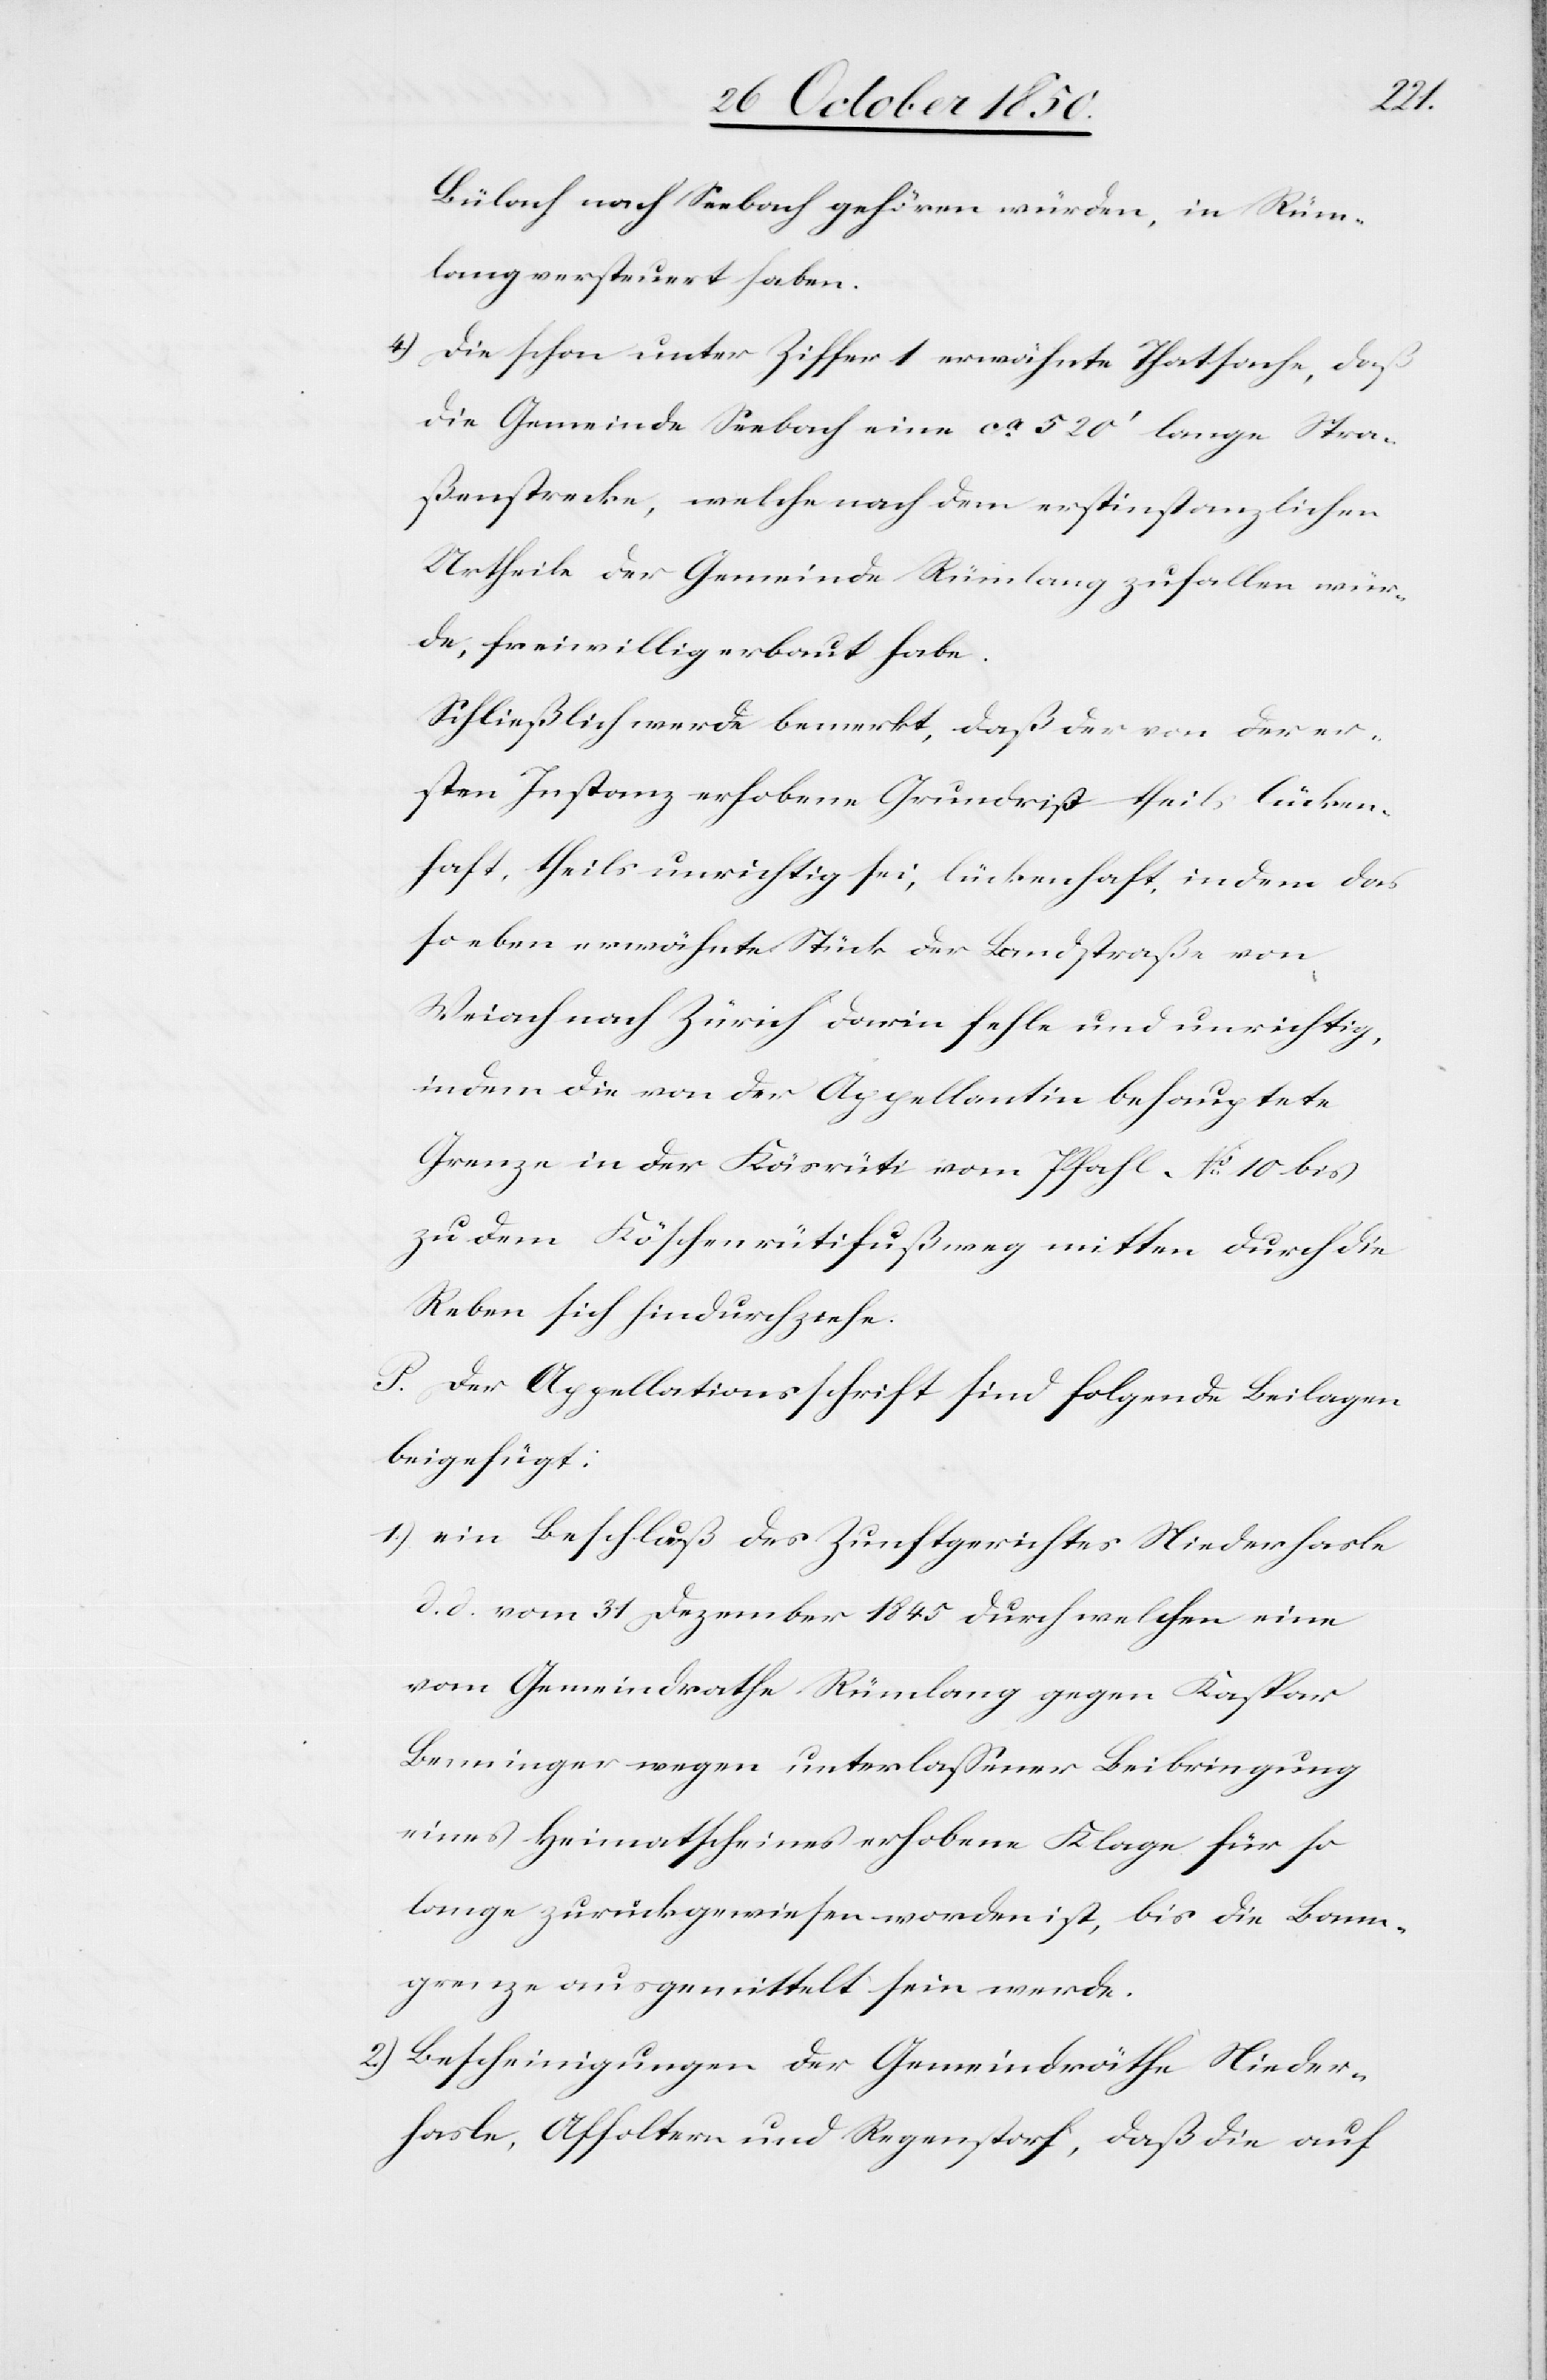
Bülach nach Seebach gehören würden, in Rüm¬
lang versteuert haben.
4.) Die schon unter Ziffer 1 erwähnte Thatsache, daß
die Gemeinde Seebach eine ca 520‘ lange Stra¬
ßenstrecke, welche nach dem erstinstanzlichen
Urtheile der Gemeinde Rümlang zufallen wür¬
de, freiwillig erbaut habe.
Schließlich werde bemerkt, daß der von der er¬
sten Instanz erhobene Grundriss theils lücken¬
haft, theils unrichtig sei, lückenhaft, indem das
so eben erwähnte Stück der Landstraße von
Weiach nach Zürich darin fehle und unrichtig,
indem die von der Appellantin behauptete
Grenze in der Käsrüti vom Pfahl No 10 bis
zu dem Köschenrütifußweg mitten durch die
Reben sich hindurchziehe.
P. Der Appellationsschrift sind folgende Beilagen
beigefügt:
1.) ein Beschluß des Zunftgerichtes Niederhasle
d. d. vom 31 Dezember 1845 durch welchen eine
vom Gemeindrathe Rümlang gegen Kaspar
Benninger wegen unterlassener Beibringung
eines Heimatscheines erhobene Klage für so
lange zurückgewiesen worden ist, bis die Bann¬
grenze ausgemittelt sein werde.
2.) Bescheinigung der Gemeindräthe Nieder¬
hasle, Affoltern und Regenstorf, daß die auf